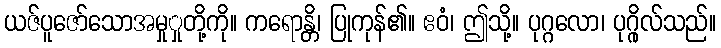
ယဇ်ပူဇော်သောအမှုှုတို့ကို။ ကရောန္တိ၊ ပြုကုန်၏။ ဧဝံ၊ ဤသို့။ ပုဂ္ဂလော၊ ပုဂ္ဂိုလ်သည်။